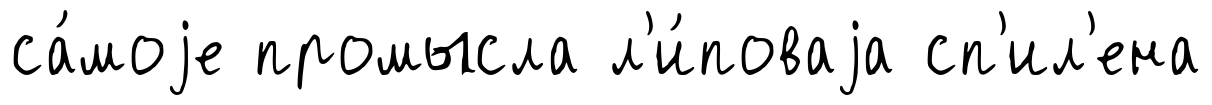
са́моjе промысла л'и́поваjа сп'ил'ена